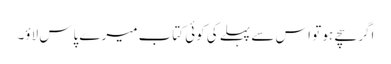
اگر سچے ہو تو اس سے پہلے کی کوئی کتاب میرے پاس لاؤ۔